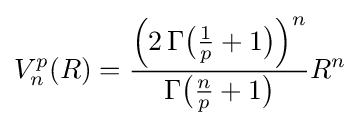
V_{n}^{p}(R)={\frac {{\Bigl (}2\,\Gamma {\bigl (}{\tfrac {1}{p}}+1{\bigr )}{\Bigr )}^{n}}{\Gamma {\bigl (}{\tfrac {n}{p}}+1{\bigr )}}}R^{n}